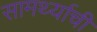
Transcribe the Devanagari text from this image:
सामर्थ्याची